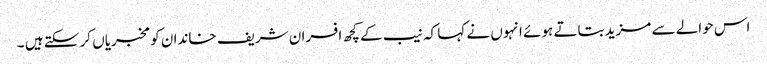
اس حوالے سے مزید بتاتے ہوئے انہوں نے کہا کہ نیب کے کچھ افسران شریف خاندان کو مخبریاں کر سکتے ہیں ۔